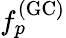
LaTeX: f_{p}^{(\mathrm{GC)}}